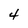
Character: 4